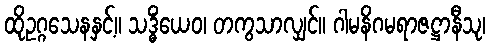
ထိုဥဂ္ဂသေနနှင့်။ သဒ္ဓိံယေဝ၊ တကွသာလျှင်။ ဂါမနိဂမရာဇဋ္ဌာနီသု၊